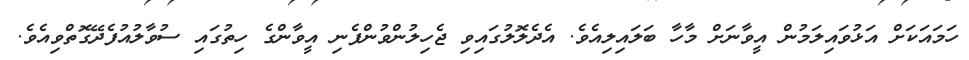
ހަމައަކަށް އަޅުވައިލަމުން އީވާނަށް މާހާ ބަލައިލިއެވެ. އެދެލޮލުގައިވި ޖެހިލުންވުންފެނި އީވާންގެ ހިތުގައި ސުވާލުއުފެދޭގޮތްވިއެވެ.